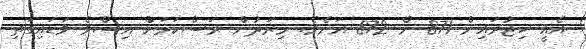
އެއީ ހިޖުރައިން 871 ން 872 އަށެވެ. މިރަދުން ރަސްކަމަށް އިސްވެ ވަޑައިގަތި